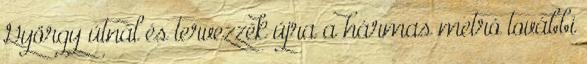
György útnál és tervezzék újra a hármas metró további